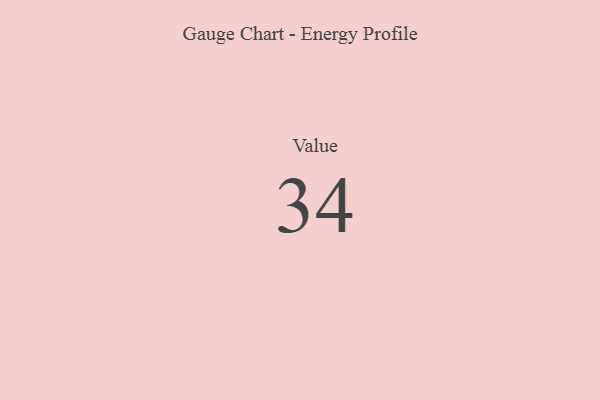
{"axis": {"x": "Metric", "y": "Value"}, "legend": [""], "data": [{"x": "Value", "y": 34, "type": ""}]}